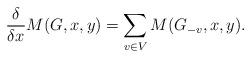
LaTeX: \begin{align*}\frac{\delta}{\delta x} M(G, x, y) = \sum_{v \in V}{M(G_{-v}, x,y)}.\end{align*}